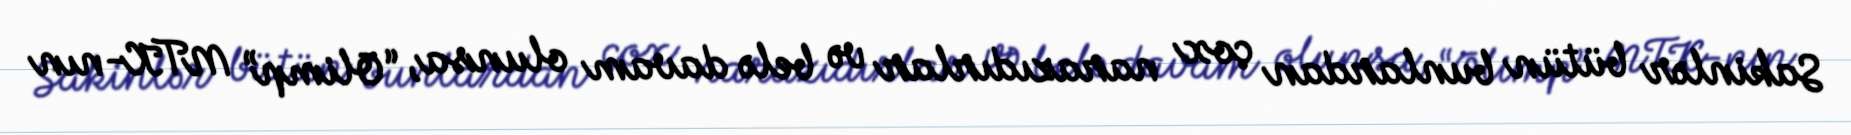
Sakinlər bütün bunlardan çox narazıdırlar və belə davam olunsa, “Olimp” MTK-nın